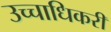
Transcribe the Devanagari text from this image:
उच्चाधिकरी